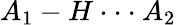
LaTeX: A_{1}-H\cdot\cdot\cdot A_{2}